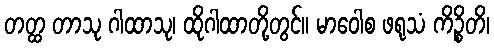
တတ္ထ တာသု ဂါထာသု၊ ထိုဂါထာတို့တွင်။ မာဝေါစ ဖရုသံ ကိဉ္စိတိ၊